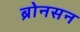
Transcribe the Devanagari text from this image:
ब्रोनसन